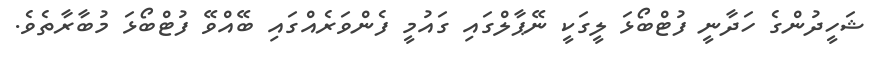
ޝަހީދުންގެ ހަދާނީ ފުޓްބޯޅަ ލީގަކީ ނޭޕާލްގައި ގައުމީ ފެންވަރެއްގައި ބޭއްވޭ ފުޓްބޯޅަ މުބާރާތެވެ.